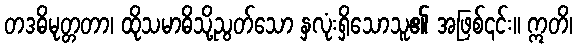
တဒဓိမုတ္တတာ၊ ထိုသမာဓိသို့ညွတ်သော နှလုံးရှိသောသူ၏ အဖြစ်၎င်း။ ဣတိ၊